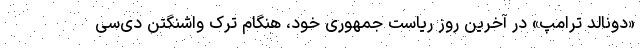
«دونالد ترامپ» در آخرین روز ریاست جمهوری خود، هنگام ترک واشنگتن دی‌سی